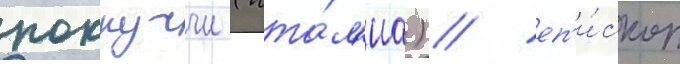
роккуччи (ита́л'иа) / еп'и́скоп